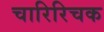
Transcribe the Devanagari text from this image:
चारिरिचक